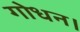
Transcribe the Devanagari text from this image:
गोधन।